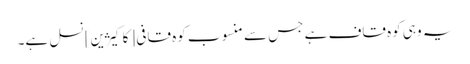
یہ وہی کوہ قاف ہے جس سے منسوب کوہ قافی [کاکیژین] نسل ہے۔